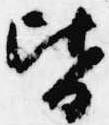
皆